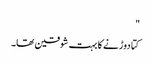
"
کتا دوڑنے کا بہت شوقین تھا۔